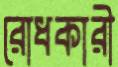
রোধকারী